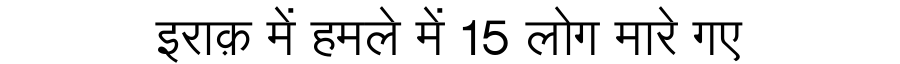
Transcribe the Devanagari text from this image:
इराक़ में हमले में 15 लोग मारे गए